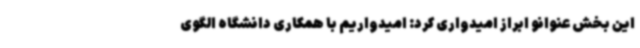
این بخش عنوانو ابراز امیدواری کرد: امیدواریم با همکاری دانشگاه الگوی